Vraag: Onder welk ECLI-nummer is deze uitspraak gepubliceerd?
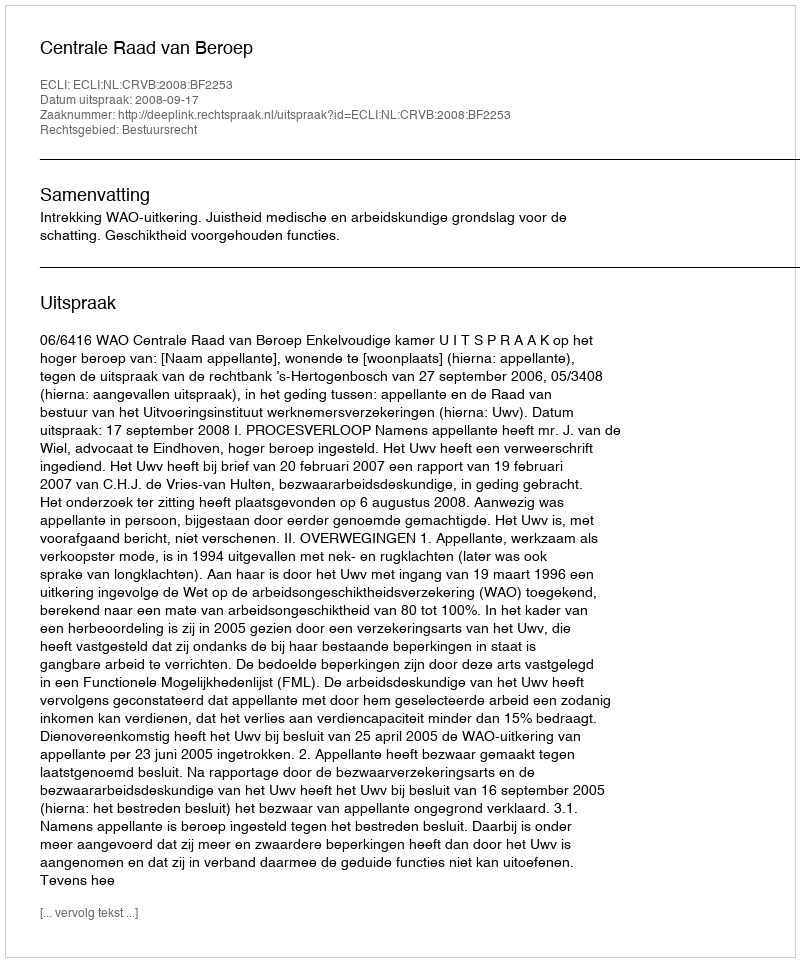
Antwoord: ECLI:NL:CRVB:2008:BF2253